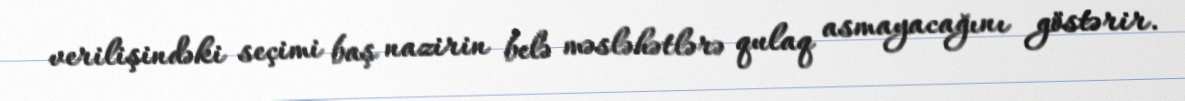
verilişindəki seçimi baş nazirin belə məsləhətlərə qulaq asmayacağını göstərir.